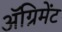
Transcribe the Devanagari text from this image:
ॲग्रिमेंट